Lunatic asylums Bombay report 1891-1903 - 1891-1903
Year: 1891
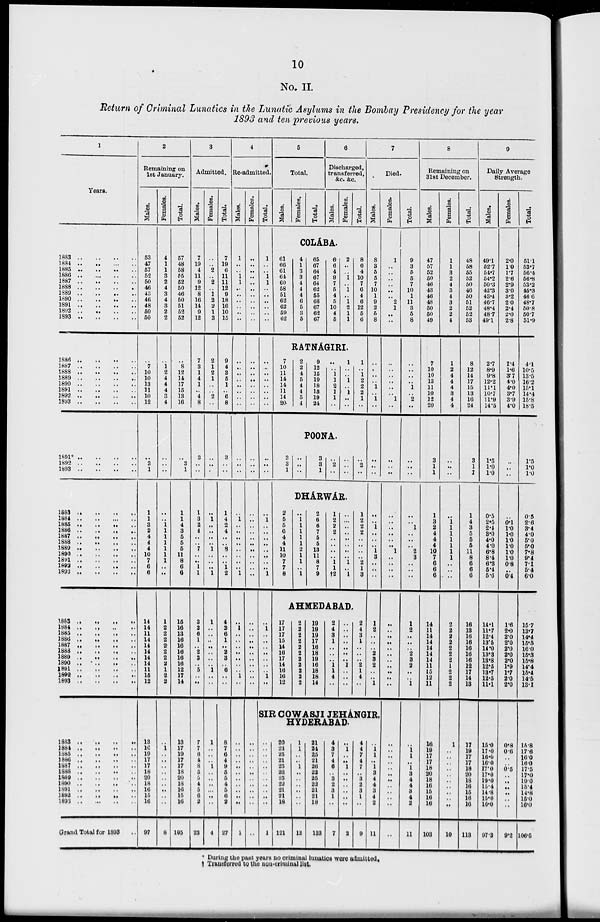
10
No. II.
Return of Criminal Lunatics in the Lunatic Asylums in the Bombay Presidency for the year
1893 and ten previous years.
1
Years.
1883 .. .. .. ..
1884 .. .. .. ..
1885
..
..
..
..
1886
..
..
..
..
1887 .. .. .. ..
1888
..
..
..
..
1889
..
..
..
..
1890 .. .. .. ..
1891 .. .. .. ..
1892
..
..
..
..
1893
..
..
..
..
1886 .. .. .. ..
1887 .. .. .. ..
1888 .. .. .. ..
1889 .. .. .. ..
1890 .. .. .. ..
1891
..
..
..
..
1892 .. .. .. ..
1893 .. .. .. ..
1891* .. .. .. ..
1892
..
..
..
..
1893 .. .. .. ..
1883
..
..
..
..
1884 .. .. .. ..
1885 .. .. .. ..
1886 .. .. .. ..
1887
..
..
..
..
1888 .. .. .. ..
1889 .. .. .. ..
1890 .. .. .. ..
1891
..
..
..
..
1892 .. .. .. ..
1893 .. .. .. ..
1883 .. .. .. ..
1884 .. .. .. ..
1885 .. .. .. ..
1886
..
..
..
..
1887
..
..
..
..
1888
..
..
..
..
1889
..
..
..
..
1890 .. .. .. ..
1891
..
..
..
..
1892
..
..
..
..
1893 .. .. .. ..
1883
..
..
..
..
1884 .. .. .. ..
1885
..
..
..
..
1886
..
..
..
..
1887
..
..
..
..
1888 .. .. .. ..
1889 .. .. .. ..
1890 .. .. .. ..
1891
..
..
..
..
1892 .. .. .. ..
1893
..
..
..
..
Grand Total for 1893
2
Remaining on
1st January.
Males.
53
47
57
52
50
46
43
46
48
50
50
..
7
10
10
13
11
10
12
..
3
1
1
1
3
2
4
4
4
10
7
6
6
14
14
11
14
14
14
14
14
11
15
12
13
16
19
17
17
18
20
18
16
15
16
97
Females.
4
1
1
3
2
4
3
4
3
2
2
..
1
2
4
4
4 3
4
..
..
..
..
..
1
1
1
1
1
1
1
..
..
1
2
2
2
2.
2
2
2
1
2
2
..
1
..
..
..
..
..
..
..
..
..
8
Total.
57
48
58
55
52
50
46
50
51
52
52
..
8
12
14
17
15
13
16
..
3
1
1
1
4
3
5
5
5
11
8
6
6
15
16
13
16
16
16
16
16
12
17
14
13
17
19
17
17
18
20
18
16
15
16
105
3
Admitted.
Males.
7
19
4
11
9
12
8
16
14
9
12
7
3
1
4
1
..
4
8
3
..
..
1
3
2
4
..
..
7
..
..
1
1
3
2
6
1
..
2
3
..
5
..
..
7
7
6
4
8
5
5
4
5
6
2
23
Females.
..
..
2
..
2
..
1
2
2
1
3
2
1
2
1
..
..
2
..
..
..
..
..
1
..
..
..
..
1
..
..
..
1
1
..
..
..
..
..
..
..
1
..
..
1
..
..
..
1
..
..
..
..
..
. .
4
Total.
7
19
6
11
11
12
9
18
16
10
15
9
4
3
5
1
..
6
8
3
..
..
1
4
2
4
..
..
8
..
..
1
2
4
2
6
1
..
2
3
..
6
..
..
8
7
6
4
9
5
5
4
5
6
2
27
4
Re-admitted.
Males.
1
..
..
1
1
..
..
..
..
..
..
..
..
..
..
..
..
..
..
..
..
..
..
1
..
..
..
. .
..
..
..
..
1
..
1
..
..
..
..
..
..
..
1
..
..
..
..
..
..
..
..
..
..
..
..
1
Females.
..
..
..
..
..
..
..
..
..
..
. .
..
..
..
..
..
..
..
..
..
..
..
..
..
..
..
..
..
..
..
..
..
. .
..
..
..
..
..
..
..
..
..
..
..
Total.
1
..
..
1
1
..
..
..
..
..
..
..
..
..
..
..
..
..
..
..
..
..
..
1
..
..
..
..
..
..
..
..
1
..
1
..
..
..
..
..
..
..
1
..
5
Total.
Males.
Females.
Total.
6
Discharged,
transferred,
&c. &c.
Males.
Females.
Total.
COLA'BA.
61
66
61
64
60
58
51
62
62
59
62
4
1
3
3
4
4
4
6
5
3
5
65
67
64
67
64
62
55
68
67
62
67
6
6
4
9
7
5
4
5
10
4
5
2
..
..
1
..
1
..
1
2
1
1
8
6
4
10
7
6
4
6
12
5
6
RATNA'GIRI.
7
10
11
14
14
11
14
20
2
2
4
5
4
4
5
4
9
12
15
19
18
15
19
24
..
..
1
1
2
1
1
..
1
..
..
1
..
1
..
..
1
..
1
2
2
2
1
..
POONA.
3
3
1
..
..
. .
3
3
1
..
2
..
..
..
..
..
2
..
DHARWAR.
2
5
5
6
4
4
11
10
7
7
8
..
1
1
1
1
1
2
1
1
..
1
2
6
6
7
5
5
13
11
8
7
9
1
2
2
2
..
..
..
..
1
1
†2
..
..
..
..
..
..
..
..
1
..
1
1
2
2
2
..
..
..
..
2
1
3
AHMEDABAD.
17
17
17
15
14
16
17
14
16
16
12
2
2
2
2
2
2
2
2
2
2
2
19
19
19
17
16
18
19
16
18
18
14
2
4
3
1
..
..
..
1
1
4
..
..
..
..
..
..
..
..
1
..
..
..
2
4
3
1
..
..
..
2
1
4
..
7
Died.
Mal es .
8
3
5
5
7
10
1
9
2
5
8
..
..
..
..
1
..
1
..
..
..
..
..
..
1
..
..
..
1
3
..
..
..
1
2
..
..
..
2
3
2
..
..
1
SIR COWASJI JEHA'NGIR
HYDERABAD.
..
..
..
..
..
..
..
..
..
..
..
..
..
..
..
..
..
..
..
..
..
..
..
1
20
23
25
21
25
23
25
22
21
21
18
121
1
1
.. ..
1
..
..
..
..
..
..
12
21
24
25 21
26
23
25
22
21
21
18
133
4
3
7
4
6
..
3
2
3
1
..
7
..
1
..
..
1
..
..
..
..
..
..
2
4
4
7
4
7
..
3
2
3
1
..
9
..
1 1
..
1
3
4
4
3
4
2
11
Females.
1
..
..
..
..
..
..
2
1
..
..
..
..
..
..
..
..
1
..
..
..
..
..
..
..
..
..
..
1
..
..
..
..
..
..
..
..
..
..
..
..
..
..
..
..
..
..
..
..
..
..
..
..
..
. .
. .
Total.
9
3
5
5
7
10
1
11
3
5
8
..
..
..
..
1
..
2
..
..
..
..
..
..
1
..
..
..
2
3
..
..
..
1
2
..
..
..
2
3
2
..
..
1
..
1 1
..
1
3
4
4
3
4
2
11
8
Remaining on
31st December.
Males.
47
57
52
50
46
43
46
48
50
50
49
7
10
10
13
11
10
12
20
3
1
1
1
3
2
4
4
4
10
7
6
6
6
14
11
14
14
14
14
14
11
15
12
11
16
19
17
17
18
20
18
16
15
16
16
103
Females.
1
1
3
2
4
3
4
3
2
2
4
1
2
4
4
4
3
4
4
..
..
..
..
1
1
1
1
1
1
1
..
..
..
2
2
2
2
2
2
2
1
2
2
2
1
..
..
..
..
..
..
..
..
..
..
10
Total.
48
58
55
52
50
46
50
51
52
52
53
8
12
14
17
15
13
16
24
3
1
1
1
4
3
5
5
5
11
8
6
6
6
16
13
16
16
16
16
16
12
17
14
13
17
19
17
17
18
20
18
16
15
16
16
113
9
Daily Average
Strength.
Males.
49.1
52.7
54.7
54.2
50.3
42.3
43.4
46.7
48.4
48.7
49.1
2.7
8.9
9.8
12.2
11.1
10.7
11.9
14.5
1.5
1.0
1.0
0.5
2.5
2.4
3.0
4.0
4.0
6.8
8.4
6.3
5.4
5.6
14.1
11.7
12.4
13.5
14.0
13.3
13.8
12.5
13.7
12.5
11.1
15.0
17.0
16.0
16.0
17.0
17.0
19.0
15.4
14.8
15.0
16.0
97.3
Females.
2.0
1.0
1.7
2.6
2.9
3.0
3.2
2.0
2.4
2.0
2.8
1.4
1.6
3.7
4.0
4.0
3.7
3.9
4.0
..
..
..
..
0.1
1.0
1.0
1.0
1.0
1.0
1.0
0.8
..
0.4
1.6
2.0
2.0
2.0
2.0
2.0
2.0
1.9
1.7
2.0
2.0
0.8
0.6
..
..
0.5
..
..
..
..
..
..
9.2
Total.
51.1
53.7
56.4
56.8
53.2
45.3
46.6
48.7
50.8
50.7
51.9
4.1
10.5
13.5
16.2
15.1
14.4
15.8
18.5
1.5
1.0
1.0
0.5
2.6
3.4
4.0
5.0
5.0
7.8
9.4
7.1
5.4
6.0
15.7
13.7
14.4
15.5
16.0
15.3
15.8
14.4
15.4
14.5
13.1
15.8
17.8
16.0
16.0
17.5
17.0
19.0
15.4
14.8
15.0
16.0
106.5
* During the past years no criminal lunatics were admitted.
† Transferred to the non-criminal list